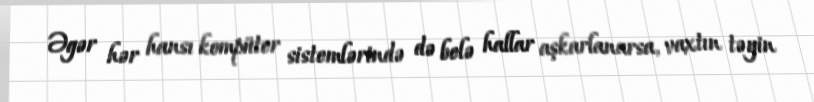
Əgər hər hansı kompüter sistemlərində də belə hallar aşkarlanarsa, vaxtın təyin